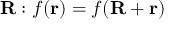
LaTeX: \mathbf { R } : f ( \mathbf { r } ) = f ( \mathbf { R } + \mathbf { r } )